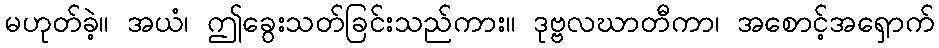
မဟုတ်ခဲ့။ အယံ၊ ဤခွေးသတ်ခြင်းသည်ကား။ ဒုဗ္ဗလဃာတီကာ၊ အစောင့်အရှောက်